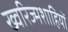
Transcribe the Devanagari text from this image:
ख्वरिज्मशाहियों